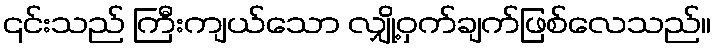
၎င်းသည် ကြီးကျယ်သော လျှို့ဝှက်ချက်ဖြစ်လေသည်။